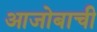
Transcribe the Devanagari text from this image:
आजोबाची